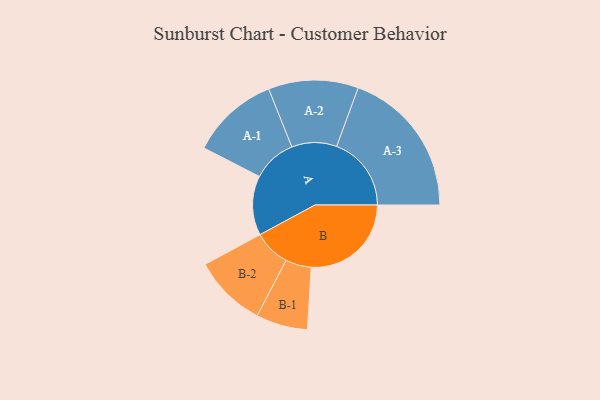
{"axis": {"x": "Segment", "y": "Value"}, "legend": ["", "A", "B"], "data": [{"x": "A", "y": 230, "type": ""}, {"x": "B", "y": 387, "type": ""}, {"x": "A-1", "y": 170, "type": "A"}, {"x": "A-2", "y": 174, "type": "A"}, {"x": "A-3", "y": 289, "type": "A"}, {"x": "B-1", "y": 100, "type": "B"}, {"x": "B-2", "y": 141, "type": "B"}]}